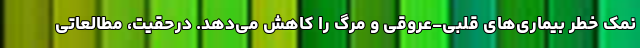
نمک خطر بیماری‌های قلبی-عروقی و مرگ را کاهش می‌دهد. درحقیت، مطالعاتی